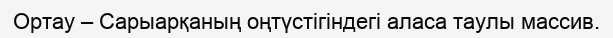
Ортау – Сарыарқаның оңтүстігіндегі аласа таулы массив.